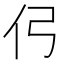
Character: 𰁣